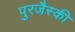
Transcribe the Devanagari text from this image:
पुरजैस्की